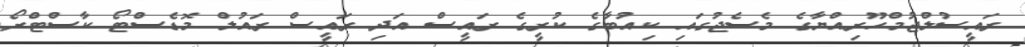
ރައީސުލްޖުމްހޫރިއްޔާގެ މެސެޖުގައި ކިއުބާގެ ކުރީގެ ރައީސް އަދި ރައީސް ރައުލް މޮޑެސްޓޯ ކާސްޓްރޯ